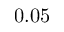
0 . 0 5